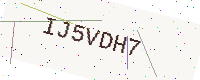
Text: IJ5VDH7